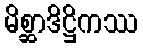
မိစ္ဆာဒိဋ္ဌိကဿ